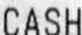
CASH